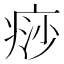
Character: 痧